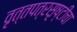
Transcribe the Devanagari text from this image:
वृत्तपत्रसृष्टीचा